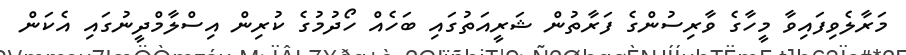
މަރާލެވިފައިވާ މީހާގެ ވާރިސުންގެ ފަރާތުން ޝަރީއަތުގައި ބަހެއް ހޯދުމުގެ ކުރިން އިސްލާމްދީނުގައި އެކަން